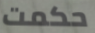
حكمت